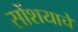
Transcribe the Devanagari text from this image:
सोंशयाचे